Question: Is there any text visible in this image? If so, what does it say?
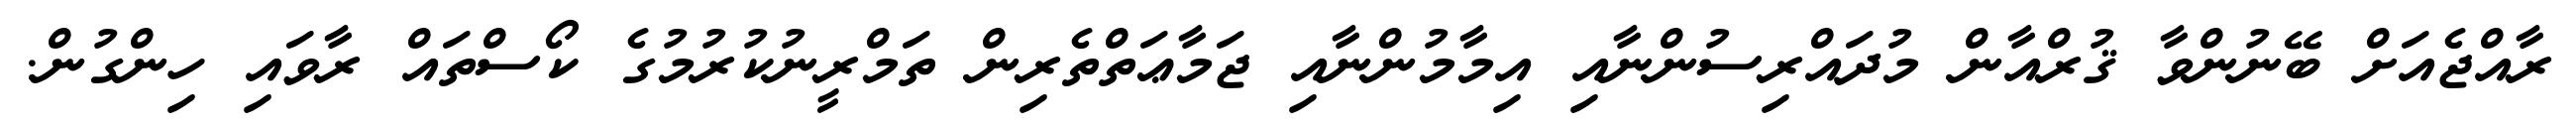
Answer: ރާއްޖެއަށް ބޭނުންވާ ޤުރްއާން މުދައްރިސުންނާއި އިމާމުންނާއި ޖަމާޢަތްތެރިން ތަމްރީނުކުރުމުގެ ކޯސްތައް ރާވައި ހިންގުން.